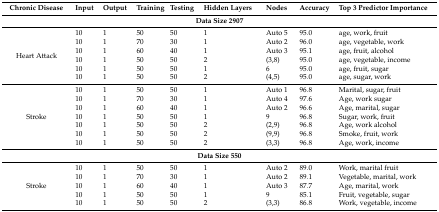
<table><thead><tr><td><b>Chronic Disease</b></td><td><b>Input</b></td><td><b>Output</b></td><td><b>Training</b></td><td><b>Testing</b></td><td><b>Hidden Layers</b></td><td><b>Nodes</b></td><td><b>Accuracy</b></td><td><b>Top 3 Predictor Importance</b></td></tr></thead><tbody><tr><td colspan="9"><b>Data Size 2907</b></td></tr><tr><td rowspan="6">Heart Attack</td><td>10</td><td>1</td><td>50</td><td>50</td><td>1</td><td>Auto 5</td><td>95.0</td><td>age, work, fruit</td></tr><tr><td>10</td><td>1</td><td>70</td><td>30</td><td>1</td><td>Auto 2</td><td>96.0</td><td>age, vegetable, work</td></tr><tr><td>10</td><td>1</td><td>60</td><td>40</td><td>1</td><td>Auto 3</td><td>95.1</td><td>age, fruit, alcohol</td></tr><tr><td>10</td><td>1</td><td>50</td><td>50</td><td>2</td><td>(3,8)</td><td>95.0</td><td>age, vegetable, income</td></tr><tr><td>10</td><td>1</td><td>50</td><td>50</td><td>1</td><td>6</td><td>95.0</td><td>age, fruit, sugar</td></tr><tr><td>10</td><td>1</td><td>50</td><td>50</td><td>2</td><td>(4,5)</td><td>95.0</td><td>age, sugar, work</td></tr><tr><td rowspan="7">Stroke</td><td>10</td><td>1</td><td>50</td><td>50</td><td>1</td><td>Auto 1</td><td>96.8</td><td>Marital, sugar, fruit</td></tr><tr><td>10</td><td>1</td><td>70</td><td>30</td><td>1</td><td>Auto 4</td><td>97.6</td><td>Age, work sugar</td></tr><tr><td>10</td><td>1</td><td>60</td><td>40</td><td>1</td><td>Auto 2</td><td>96.6</td><td>Age, marital, sugar</td></tr><tr><td>10</td><td>1</td><td>50</td><td>50</td><td>1</td><td>9</td><td>96.8</td><td>Sugar, work, fruit</td></tr><tr><td>10</td><td>1</td><td>50</td><td>50</td><td>2</td><td>(2,9)</td><td>96.8</td><td>Age, work alcohol</td></tr><tr><td>10</td><td>1</td><td>50</td><td>50</td><td>2</td><td>(9,9)</td><td>96.8</td><td>Smoke, fruit, work</td></tr><tr><td>10</td><td>1</td><td>50</td><td>50</td><td>2</td><td>(3,3)</td><td>96.8</td><td>Age, work, income</td></tr><tr><td colspan="9"><b>Data Size 550</b></td></tr><tr><td rowspan="5">Stroke</td><td>10</td><td>1</td><td>50</td><td>50</td><td>1</td><td>Auto 2</td><td>89.0</td><td>Work, marital fruit</td></tr><tr><td>10</td><td>1</td><td>70</td><td>30</td><td>1</td><td>Auto 2</td><td>89.1</td><td>Vegetable, marital, work</td></tr><tr><td>10</td><td>1</td><td>60</td><td>40</td><td>1</td><td>Auto 3</td><td>87.7</td><td>Age, marital, work</td></tr><tr><td>10</td><td>1</td><td>50</td><td>50</td><td>1</td><td>9</td><td>85.1</td><td>Fruit, vegetable, sugar</td></tr><tr><td>10</td><td>1</td><td>50</td><td>50</td><td>2</td><td>(3,3)</td><td>86.8</td><td>Work, vegetable, income</td></tr></tbody></table>